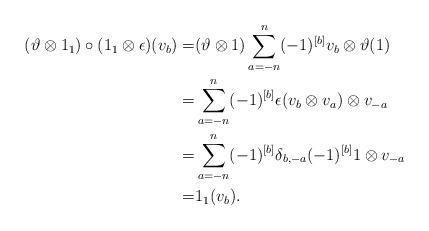
LaTeX: \begin{align*}(\vartheta\otimes 1_1)\circ(1_1\otimes \epsilon)(v_b)=&(\vartheta\otimes 1)\sum\limits_{a=-n}^n(-1)^{[b]}v_b\otimes \vartheta(1)\\=&\sum\limits_{a=-n}^n(-1)^{[b]}\epsilon(v_b\otimes v_{a})\otimes v_{-a}\\=&\sum\limits_{a=-n}^n(-1)^{[b]} \delta_{b,-a}(-1)^{[b]}1\otimes v_{-a}\\=&1_1(v_b).\end{align*}